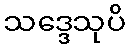
သဒ္ဒေသုပိ